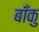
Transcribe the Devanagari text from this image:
बाँकु